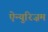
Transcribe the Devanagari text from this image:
ऐन्युरिज़म